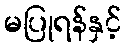
မပြုရန်နှင့်